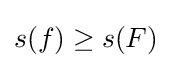
s(f)\geq s(F)